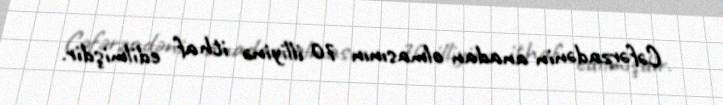
Cəfərzadənin anadan olmasının 70 illiyinə ithaf edilmişdir.